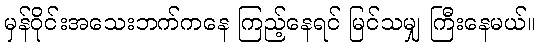
မှန်ဝိုင်းအသေးဘက်ကနေ ကြည့်နေရင် မြင်သမျှ ကြီးနေမယ်။